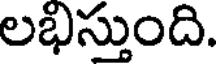
లభిస్తుంది.